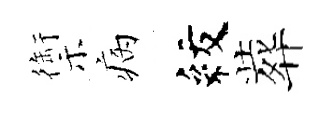
禦病紋葬